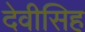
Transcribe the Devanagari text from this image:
देवीसिह